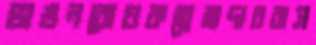
ভাঙনরোধকল্পেব্রাদাররাস